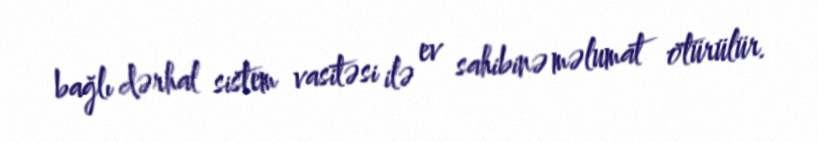
bağlı dərhal sistem vasitəsi ilə ev sahibinə məlumat ötürülür.